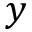
y